Annual statistical returns and brief notes on vaccination in Bengal - 1887-1898
Year: 1887
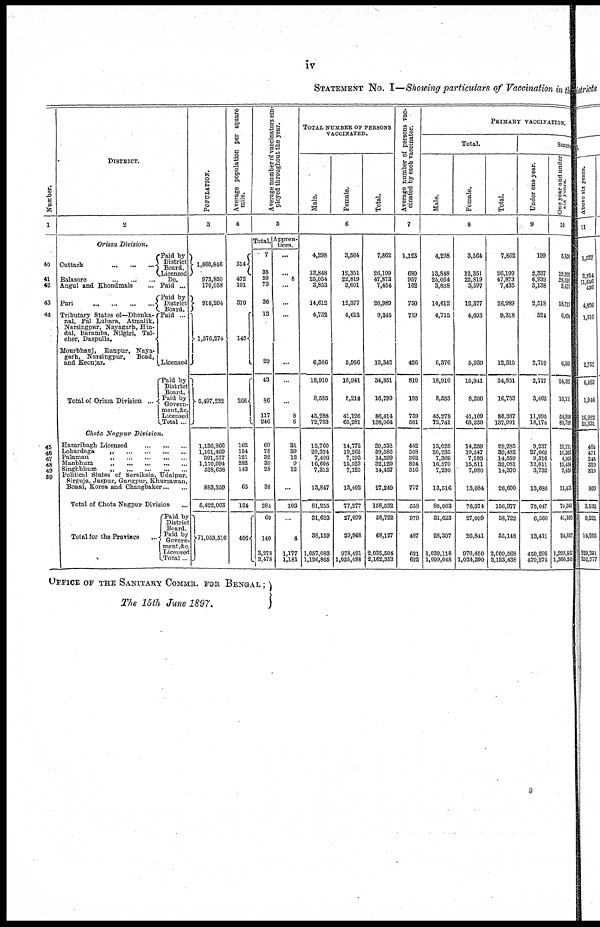
iv
STATEMENT No. I—Showing particulars of Vaccination in the
Number.
1
40
41
42
43
44
45
46
47
48
49
50
DISTRICT.
2
Orissa Division.
Cuttack
...
...
...
Balasore
...
...
...
Angul and Khondmals ...
Pari
...
...
...
...
Tributary States of—Dhenka-
nal, Pal Lahara, Atmalik,
Narsingpur, Nayagarh, Hin-
dal, Baramba, Nilgiri, Tal-
cher, Daspulla.
Mourbhanj, Ranpur, Naya-
garh, Narsingpur,
Boad,
and Keonjar.
Total of Orissa Division ...
Paid by
District
Board.
Licensed
Do.
Paid ...
Paid by
District
Board.
Paid ...
Licensed
Paid by
District
Board.
Paid by
Govern-
ment,&c.
Licensed Total ...
Chota Nagpur
Division.
Hazaribagh Licensed
...
...
...
Lohardaga
„
...
...
...
...
Palamau
„
...
...
...
...
Manbhum
„
...
...
...
...
Singhbhum „ ... ... ... ...
Political States of Seraikela, Udaipur,
Sirguja, Jaspur, Gangpur, Khursawan,
Bonai, Korea and Changbaker ... ...
Total of Chota Nagpur Division ...
Total for the Province ...
Paid by
District
Board.
Paid by
Govern-
ment,&c.
Licensed Total...
POPULATION
3
1,860,846
973,850
170,058
916,204
1,576,274
5,497,232
1,136,866
1,101,469
591,577
1,170,094
538,638
883,359
5,422,003
71,053,516
A verage population per square
mile.
4
514
472
101
370
145
266
162
154
121
282
143
65
134
406
Average number of vaccinators em-
ployed throughout the year.
5
Total.
7
38
50
73
36
13
29
43
86
117
246
69
78
32
39
28
38
284
60
140
3,278
3,478
Appren-
tices.
...
...
8
...
...
...
...
...
...
8
8
31
39
12
9
12
...
103
...
4
1,177
1,181
TOTAL NUMBER OF PERSONS
VACCINATED.
Male.
Female.
Total.
6
4,298
13,848
25,054
3,853
14,612
4,732
6,386
18,910
8,585
45,288
72,783
15,760
20,324
7,406
16,606
7,312
13,847
81,255
31,623
38,159
1,057,083
1,126,865
3,564
12,351
22,819
3,601
12,377
4,613
5,956
15,941
8,214
41,126
65,281
14,772
19,262
7,193
15,523
7,125
13,402
77,277
27,099
29,968
978,421
1,035,488
7,862
26,199
47,873
7,454
26,989
9,345
12,342
34,851
16,799
86,414
138,064
30,532
39,586
14,599
32,129
14,437
27,249
158,532
58,722
68,127
2,035,504
2,162,353
Average number of persons vac-
cinated by each vaccinator.
7
1,123
689
957
102
750
719
426
810
195
739
561
442
508
362
824
516
717
558
979
487
621
622
PRIMARY VACCINATION.
Total.
Male.
Female.
Total.
8
4,298
13,848
25,054
3,838
14,612
4,715
6,376
18,910
8,553
45,278
72,741
15,026
20,235
7,366
16,570
7,290
13,516
80,003
31,623
28,307
1,039,118
1,099,048
3,564
12,351
22,819
3,597
12,377
4,603
5,939
15,941
8,200
41,109
65,250
14,259
19,247
7,193
15,511
7,080
13,084
76,374
27,099
26,841
970,450
1,024,390
7,862
26,199
47,873
7,435
26,989
9,318
12,315
34,851
16,753
86,387
137,991
29,285
39,482
14,559
32,081
14,370
26,600
156,377
58,722
55,148
2,009,568
2,123,438
Success
Under one year.
9
199
2,337
6,939
3,138
2,518
324
2,719
2,717
3,462
11,995
18,174
9,237
27,065
9,316
12,011
3,732
13,686
75,047
6,566
13,411
450,298
470,275
One year and under
six years.
10
5,876
19,999
28,592
3,677
18,713
6,494
6,368
24,589
10,171
54,959
89,719
19,171
10,363
4,506
19,434
9,493
11,433
74,360
41,593
24,887
1,293,863
1,360,341
OFFICE OF THE SANITARY COMMR. FOR BENGAL
The 15th June 1897.
9